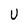
Character: U